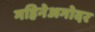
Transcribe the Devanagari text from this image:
महिनेअगोदर